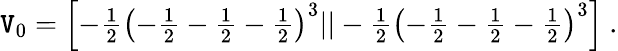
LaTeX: \mathtt{V}_{0}=\textstyle{\left[-{\frac{{1}}{{2}}}\left(-{\frac{{1}}{{2}}}-{\frac{{1}}{{2}}}-{\frac{{1}}{{2}}}\right)^{3}||-{\frac{{1}}{{2}}}\left(-{\frac{{1}}{{2}}}-{\frac{{1}}{{2}}}-{\frac{{1}}{{2}}}\right)^{3}\right]}~.